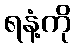
ရနံ့ကို